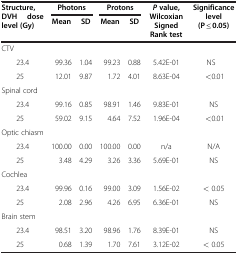
<table><thead><tr><td rowspan="2"><b>Structure, DVH dose level (Gy)</b></td><td colspan="2"><b>Photons</b></td><td colspan="2"><b>Protons</b></td><td rowspan="2"><b><i>P</i>value, Wilcoxian Signed Rank test</b></td><td rowspan="2"><b>Significance level (P ≤ 0.05)</b></td></tr><tr><td><b>Mean</b></td><td><b>SD</b></td><td><b>Mean</b></td><td><b>SD</b></td></tr></thead><tbody><tr><td>CTV</td><td> </td><td> </td><td> </td><td> </td><td> </td><td> </td></tr><tr><td>23.4</td><td>99.36</td><td>1.04</td><td>99.23</td><td>0.88</td><td>5.42E-01</td><td>NS</td></tr><tr><td>25</td><td>12.01</td><td>9.87</td><td>1.72</td><td>4.01</td><td>8.63E-04</td><td>&lt;0.01</td></tr><tr><td>Spinal cord</td><td> </td><td> </td><td> </td><td> </td><td> </td><td> </td></tr><tr><td>23.4</td><td>99.16</td><td>0.85</td><td>98.91</td><td>1.46</td><td>9.83E-01</td><td>NS</td></tr><tr><td>25</td><td>59.02</td><td>9.15</td><td>4.64</td><td>7.52</td><td>1.96E-04</td><td>&lt;0.01</td></tr><tr><td>Optic chiasm</td><td> </td><td> </td><td> </td><td> </td><td> </td><td> </td></tr><tr><td>23.4</td><td>100.00</td><td>0.00</td><td>100.00</td><td>0.00</td><td>n/a</td><td>N/A</td></tr><tr><td>25</td><td>3.48</td><td>4.29</td><td>3.26</td><td>3.36</td><td>5.69E-01</td><td>NS</td></tr><tr><td>Cochlea</td><td> </td><td> </td><td> </td><td> </td><td> </td><td> </td></tr><tr><td>23.4</td><td>99.96</td><td>0.16</td><td>99.00</td><td>3.09</td><td>1.56E-02</td><td>&lt; 0.05</td></tr><tr><td>25</td><td>2.08</td><td>2.96</td><td>4.26</td><td>6.95</td><td>6.36E-01</td><td>NS</td></tr><tr><td>Brain stem</td><td> </td><td> </td><td> </td><td> </td><td> </td><td> </td></tr><tr><td>23.4</td><td>98.51</td><td>3.20</td><td>98.96</td><td>1.76</td><td>8.39E-01</td><td>NS</td></tr><tr><td>25</td><td>0.68</td><td>1.39</td><td>1.70</td><td>7.61</td><td>3.12E-02</td><td>&lt; 0.05</td></tr></tbody></table>